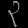
Digit: ၃